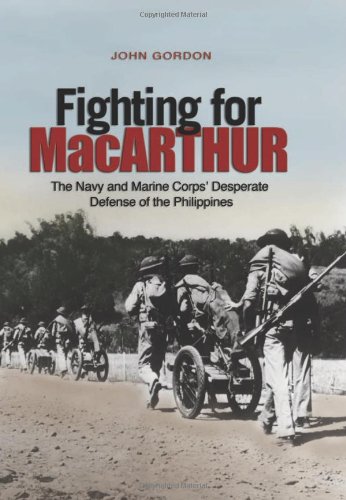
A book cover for Fighting for MacArthur: The Navy and Marine Corps' Desperate Defense of the Philippines; John Gordon; History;